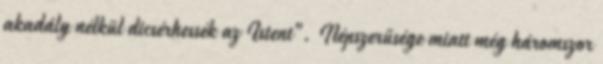
akadály nélkül dicsérhessék az Istent". Népszerűsége miatt még háromszor